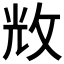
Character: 𢼴